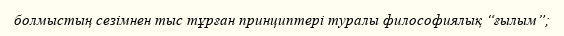
болмыстың сезімнен тыс тұрған принциптері туралы философиялық “ғылым”;